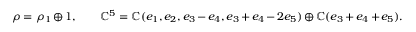
\rho = \rho _ { 1 } \oplus 1 , \qquad \mathbb { C } ^ { 5 } = \mathbb { C } ( e _ { 1 } , e _ { 2 } , e _ { 3 } - e _ { 4 } , e _ { 3 } + e _ { 4 } - 2 e _ { 5 } ) \oplus \mathbb { C } ( e _ { 3 } + e _ { 4 } + e _ { 5 } ) .